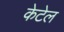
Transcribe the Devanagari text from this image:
केटेल